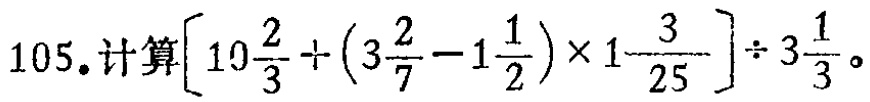
\(105. 计算\left[10\frac{2}{3}\div\left(3\frac{2}{7}-1\frac{1}{2}\right)\times1\frac{3}{25}\right]\div3\frac{1}{3}。\)